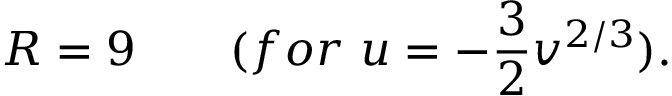
R = 9 \qquad ( f o r \ u = - \frac { 3 } { 2 } v ^ { 2 / 3 } ) .